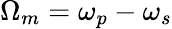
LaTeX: \Omega_{m}=\omega_{p}-\omega_{s}